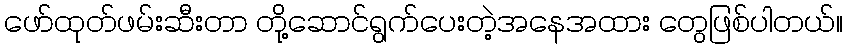
ဖော်ထုတ်ဖမ်းဆီးတာ တို့ဆောင်ရွက်ပေးတဲ့အနေအထား တွေဖြစ်ပါတယ်။